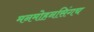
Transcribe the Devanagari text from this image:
मनमोहनसिंगच